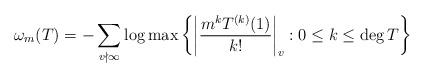
LaTeX: \begin{align*} \omega_m(T) = -\sum_{v\nmid\infty}\log\max\left\{\left|\frac{m^kT^{(k)}(1)}{k!}\right|_v: 0\leq k\leq \deg T \right\}\end{align*}